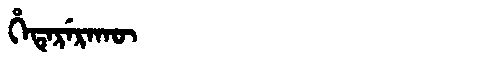
Manchu: ᡥᡝᡨᡝᡵᡝᡵᠠᡴᡡ
Romanization: HETERERAKŪ